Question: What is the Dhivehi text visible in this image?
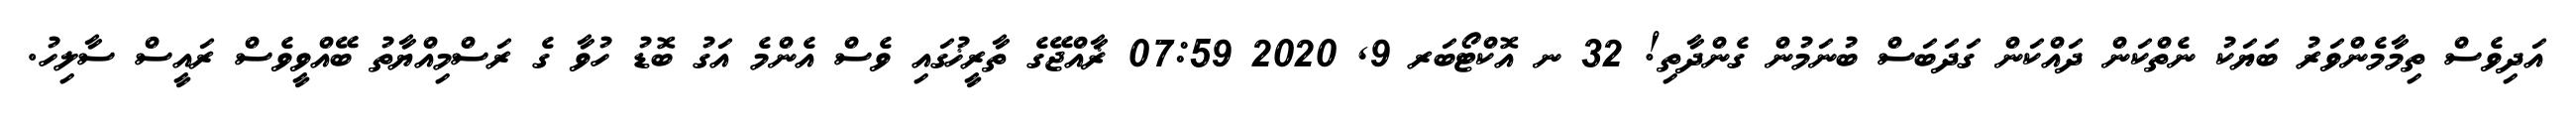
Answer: އަދިވެސް ތިމާމެންވަރު ބަޔަކު ނެތްކަން ދައްކަން ގަދަބަސް ބުނަމުން ގެންދާތި! 32 ނ އޮކްޓޯބަރ 9, 2020 07:59 ޜާއްޖޭގެ ތާރީޚުގައި ވެސް އެންމެ އަގު ބޮޑު ހުވާ ގެ ރަސްމިއްޔާތު ބޭއްވީވެސް ރައީސް ސާލިހު.